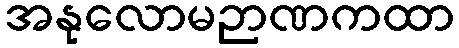
အနုလောမဉာဏကထာ